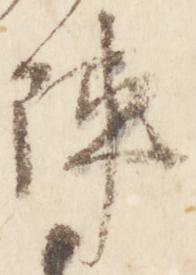
陣